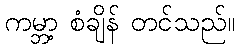
ကမ္ဘာ့ စံချိန် တင်သည်။